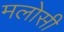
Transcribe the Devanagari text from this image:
मलोसी